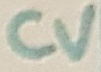
Text: CV